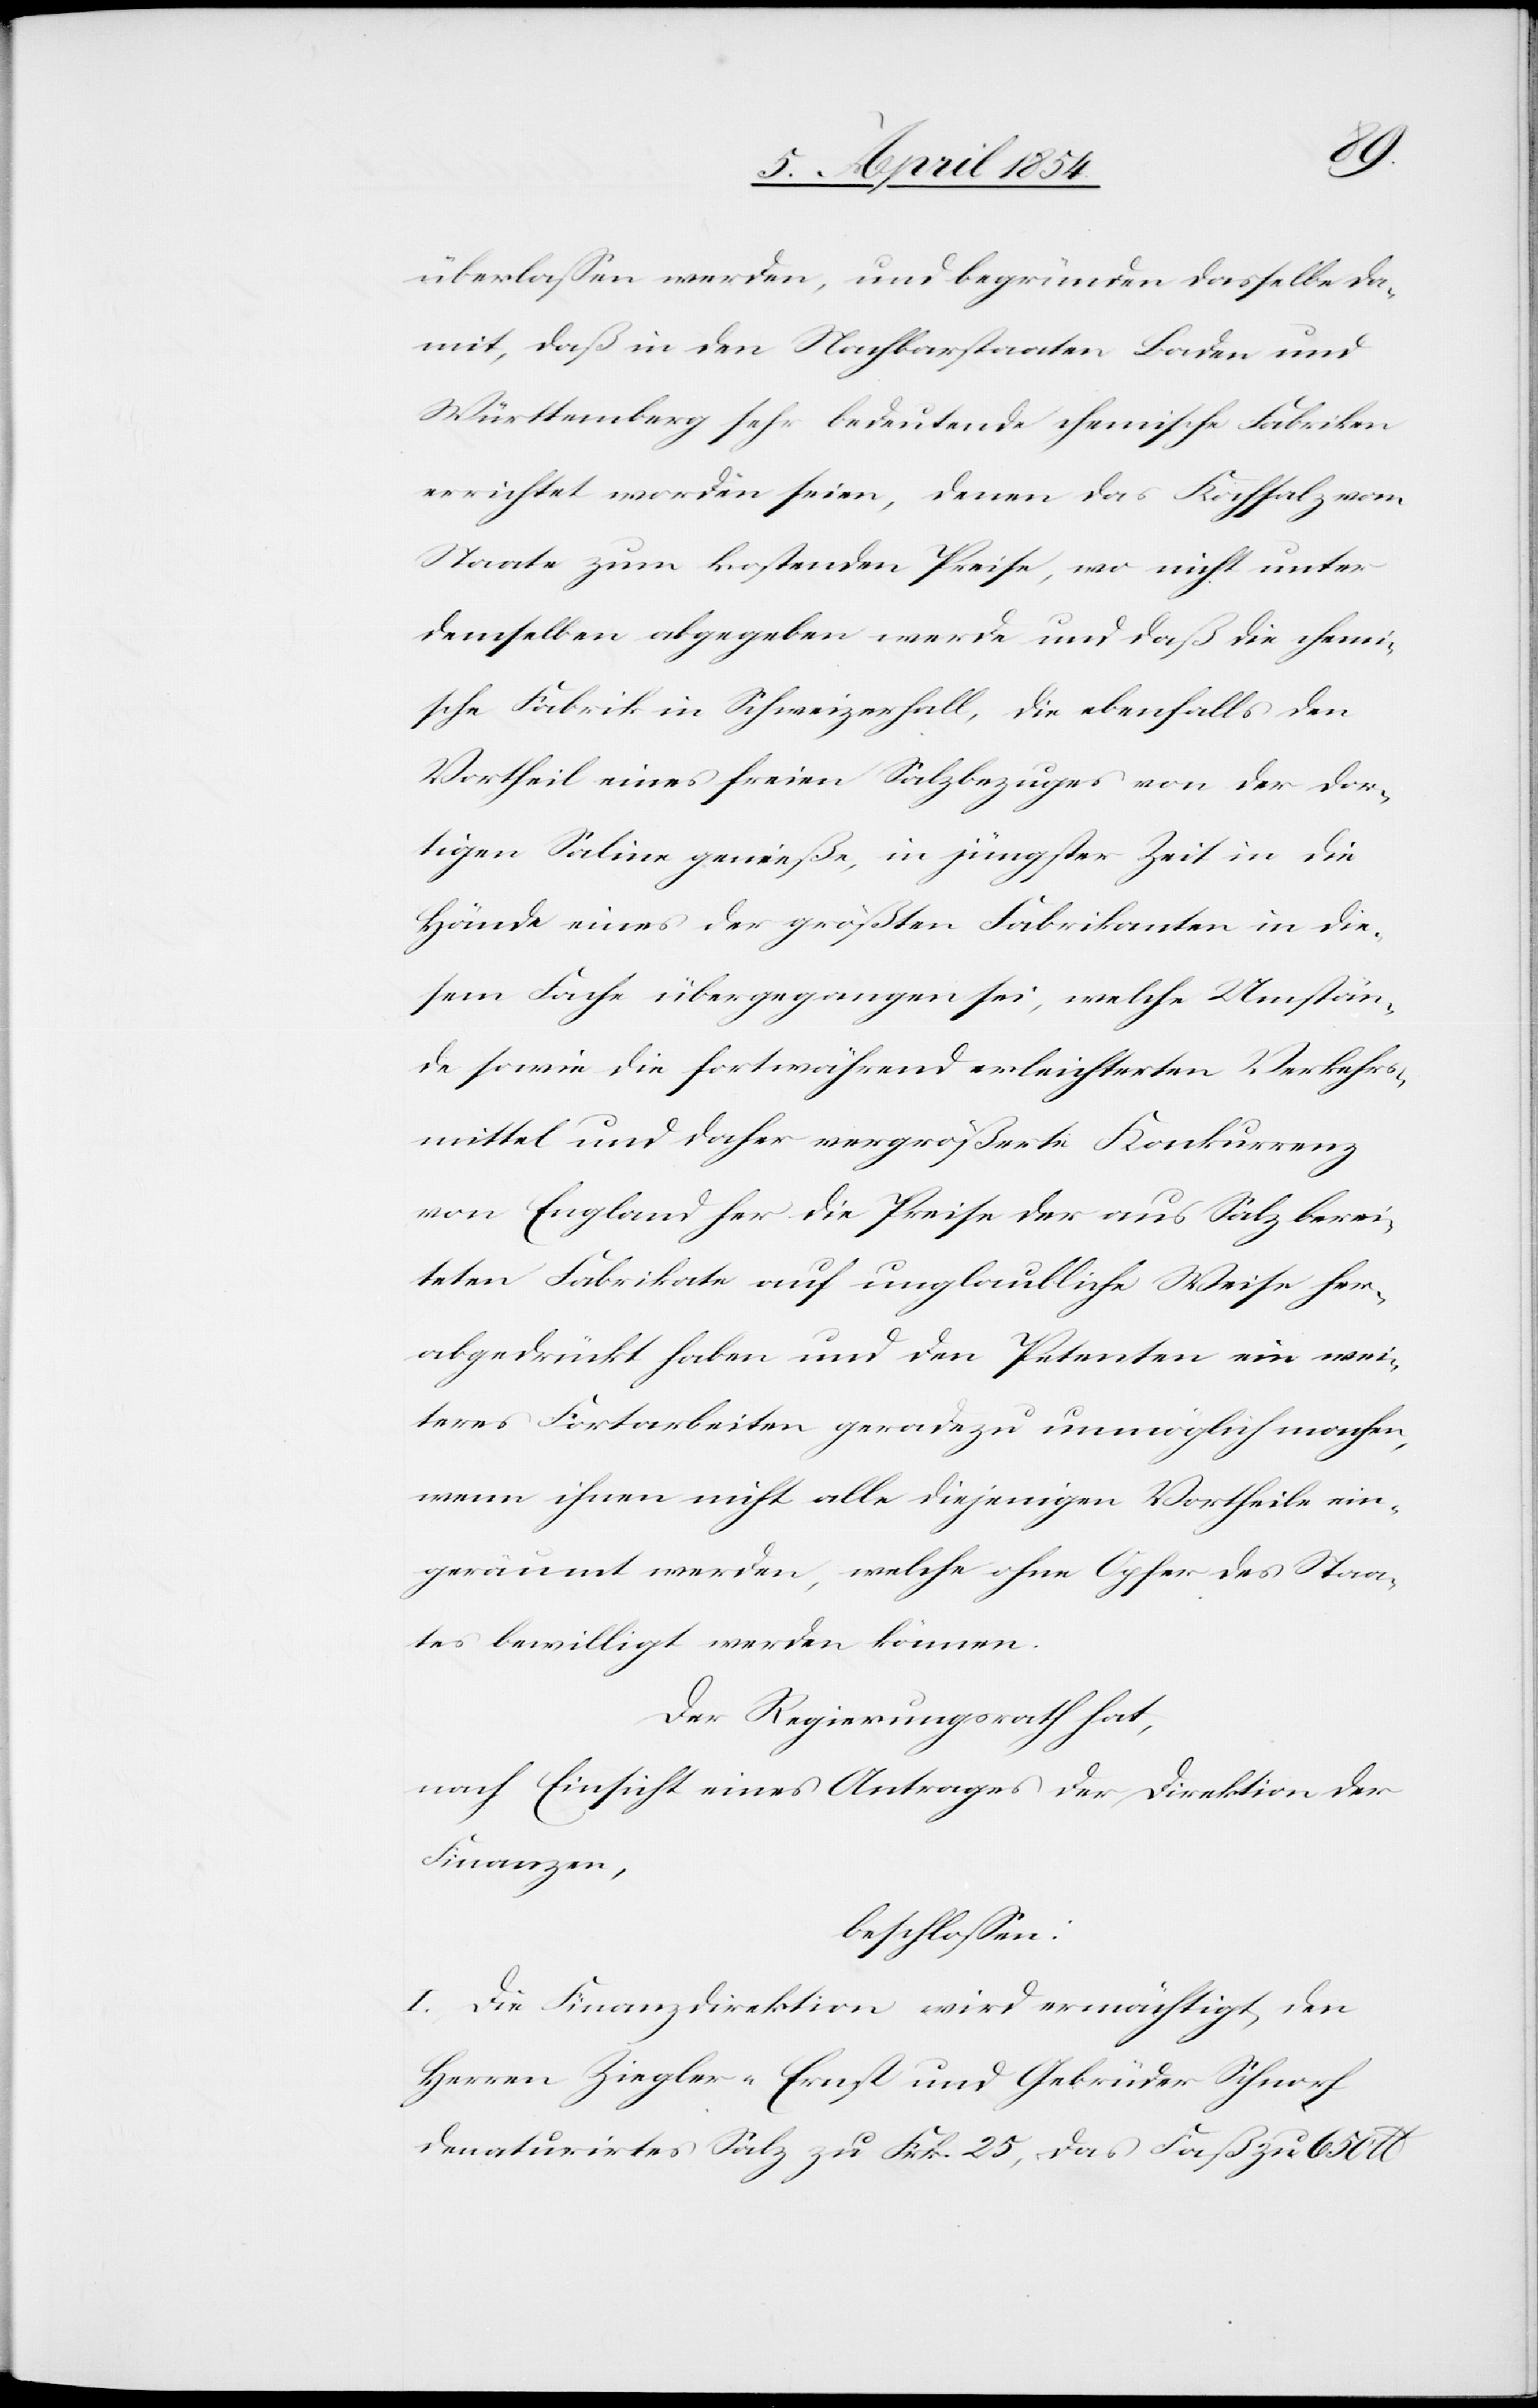
überlaßen werden, und begründen dasselbe da¬
mit, daß in den Nachbarstaaten Baden und
Württemberg sehr bedeutende chemische Fabriken
errichtet worden seien, denen das Kochsalz vom
Staate zum kostenden Preise, wo nicht unter
demselben abgegeben werde und daß die chemi¬
sche Fabrik in Schweizerhall, die ebenfalls den
Vortheil eines freien Salzbezuges von der dor¬
tigen Saline genieße, in jüngster Zeit in die
Hände eines der größten Fabrikanten in die¬
sem Fache übergegangen sei, welche Umstän¬
de sowie die fortwährend erleichterten Verkehrs¬
mittel und daher vergrößerte Konkurrenz
von England her die Preise aus Salz berei¬
teten Fabrikate auf unglaubliche Weise her¬
abgedrückt haben und den Petenten ein wei¬
teres Fortarbeiten geradezu unmöglich machen,
wenn ihnen nicht alle diejenigen Vortheile ein¬
geräumt werden, welche ohne Opfer des Staa¬
tes bewilligt werden können.
Der Regierungsrath hat,
nach Einsicht eines Antrages der Direktion der
Finanzen,
beschloßen:
I. Die Finanzdirektion wird ermächtigt, den
Herren Ziegler-Ernst und Gebrüder Schnorf
denaturirtes Salz zu Frk. 25, das Faß zu 650 lb